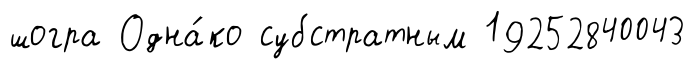
шогра Одна́ко субстратным 19252840043